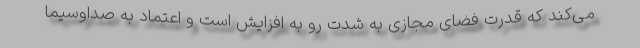
می‌کند که قدرت فضای مجازی به شدت رو به افزایش است و اعتماد به صداوسیما